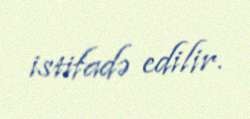
istifadə edilir.